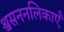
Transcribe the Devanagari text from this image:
श्वसननलिकाएँ